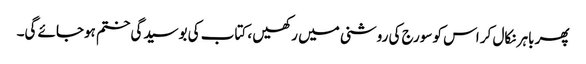
پھر باہر نکال کر اس کو سورج کی روشنی میں رکھیں ، کتاب کی بوسیدگی ختم ہوجائے گی۔